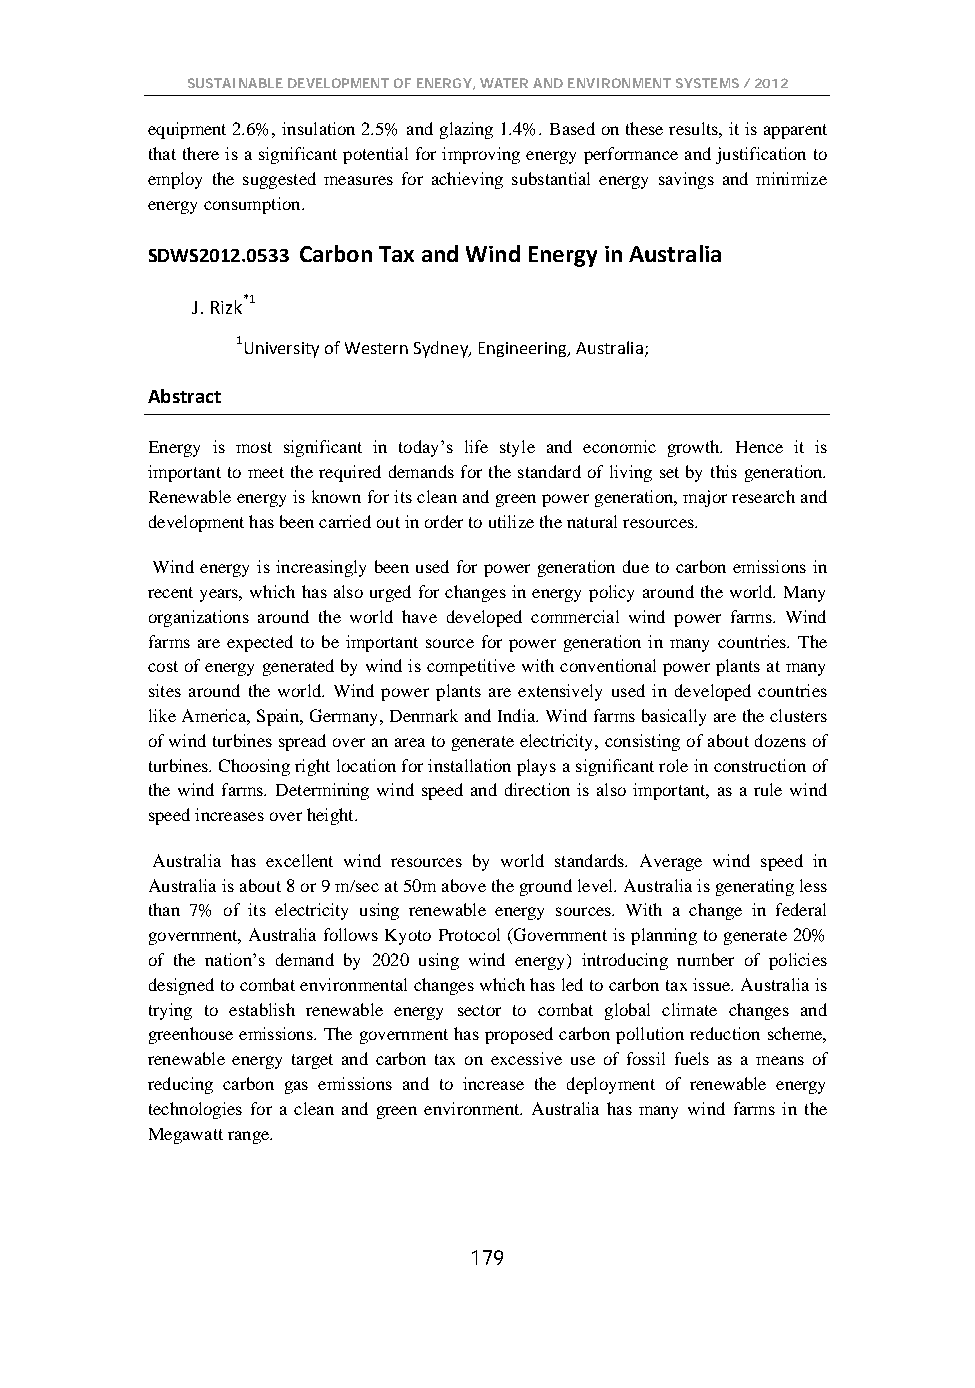
SUSTAINABLE DEVELOPMENT OF ENERGY, WATER AND ENVIRONMENT SYSTEMS / 2012
 equipment 2.6%, insulation 2.5% and glazing 1.4%. Based on these results, it is apparent
 that there is a significant potential for improving energy performance and justification to
 employ the suggested measures for achieving substantial energy savings and minimize
 energy consumption.
 SDWS2012.0533 Carbon Tax and Wind Energy in Australia
 J. Rizk*1
 1University of Western Sydney, Engineering, Australia;
 Abstract
 Energy is most significant in today’s life style and economic growth. Hence it is
 important to meet the required demands for the standard of living set by this generation.
 Renewable energy is known for its clean and green power generation, major research and
 development has been carried out in order to utilize the natural resources.
 Wind energy is increasingly been used for power generation due to carbon emissions in
 recent years, which has also urged for changes in energy policy around the world. Many
 organizations around the world have developed commercial wind power farms. Wind
 farms are expected to be important source for power generation in many countries. The
 cost of energy generated by wind is competitive with conventional power plants at many
 sites around the world. Wind power plants are extensively used in developed countries
 like America, Spain, Germany, Denmark and India. Wind farms basically are the clusters
 of wind turbines spread over an area to generate electricity, consisting of about dozens of
 turbines. Choosing right location for installation plays a significant role in construction of
 the wind farms. Determining wind speed and direction is also important, as a rule wind
 speed increases over height.
 Australia has excellent wind resources by world standards. Average wind speed in
 Australia is about 8 or 9 m/sec at 50m above the ground level. Australia is generating less
 than 7% of its electricity using renewable energy sources. With a change in federal
 government, Australia follows Kyoto Protocol (Government is planning to generate 20%
 of the nation’s demand by 2020 using wind energy) introducing number of policies
 designed to combat environmental changes which has led to carbon tax issue. Australia is
 trying to establish renewable energy sector to combat global climate changes and
 greenhouse emissions. The government has proposed carbon pollution reduction scheme,
 renewable energy target and carbon tax on excessive use of fossil fuels as a means of
 reducing carbon gas emissions and to increase the deployment of renewable energy
 technologies for a clean and green environment. Australia has many wind farms in the
 Megawatt range.
 179